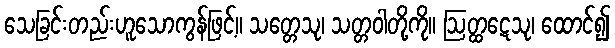
သေခြင်းတည်းဟူသောကွန်ဖြင့်။ သတ္တေသု၊ သတ္တဝါတို့ကို။ ဩတ္ထဋေသု၊ ထောင်၍